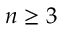
n \ge 3